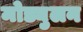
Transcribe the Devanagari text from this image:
मोड्युलन